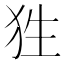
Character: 狌